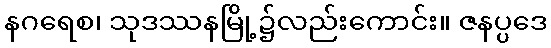
နဂရေစ၊ သုဒဿနမြို့၌လည်းကောင်း။ ဇနပ္ပဒေ